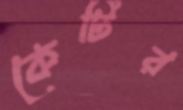
কেটির